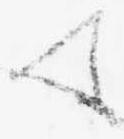
て